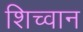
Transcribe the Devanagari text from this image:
शिच्वान